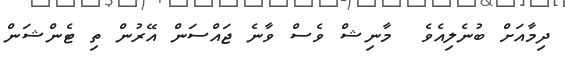
ދިމާއަށް ބުނެލިއެވެ  މާނިޝް ވެސް ވާނެ ޖައްސަން އޭރުން ތި ޓެންޝަން